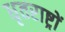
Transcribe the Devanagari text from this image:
धृतराष्ट्रों